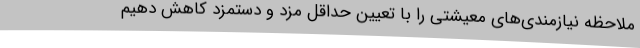
ملاحظه‌ نیازمندی‌های معیشتی را با تعیین حداقل مزد و دستمزد کاهش دهیم